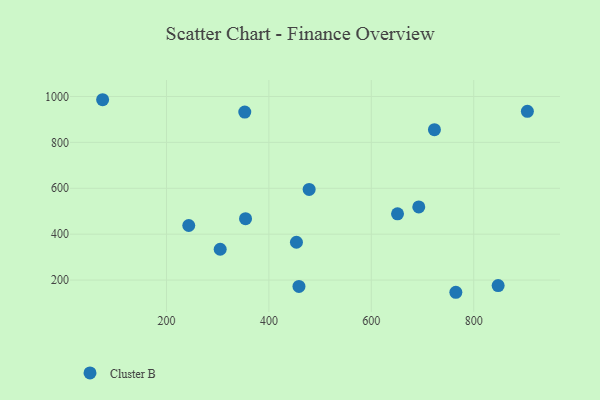
{"axis": {"x": "Distance", "y": "Fuel Efficiency"}, "legend": ["Cluster B"], "data": [{"x": "904.8", "y": 935.1, "type": "Cluster B"}, {"x": "651.2", "y": 488.6, "type": "Cluster B"}, {"x": "765.1", "y": 146.8, "type": "Cluster B"}, {"x": "692.7", "y": 518.5, "type": "Cluster B"}, {"x": "304.9", "y": 334.2, "type": "Cluster B"}, {"x": "458.7", "y": 172.3, "type": "Cluster B"}, {"x": "453.8", "y": 364.8, "type": "Cluster B"}, {"x": "354.4", "y": 467.5, "type": "Cluster B"}, {"x": "723.3", "y": 855.5, "type": "Cluster B"}, {"x": "243.5", "y": 437.7, "type": "Cluster B"}, {"x": "352.9", "y": 932.0, "type": "Cluster B"}, {"x": "478.6", "y": 595.1, "type": "Cluster B"}, {"x": "75.3", "y": 985.8, "type": "Cluster B"}, {"x": "847.7", "y": 175.9, "type": "Cluster B"}]}